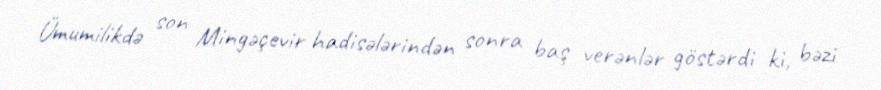
Ümumilikdə son Mingəçevir hadisələrindən sonra baş verənlər göstərdi ki, bəzi